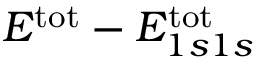
E ^ { \mathrm { t o t } } - E _ { 1 s 1 s } ^ { \mathrm { t o t } }